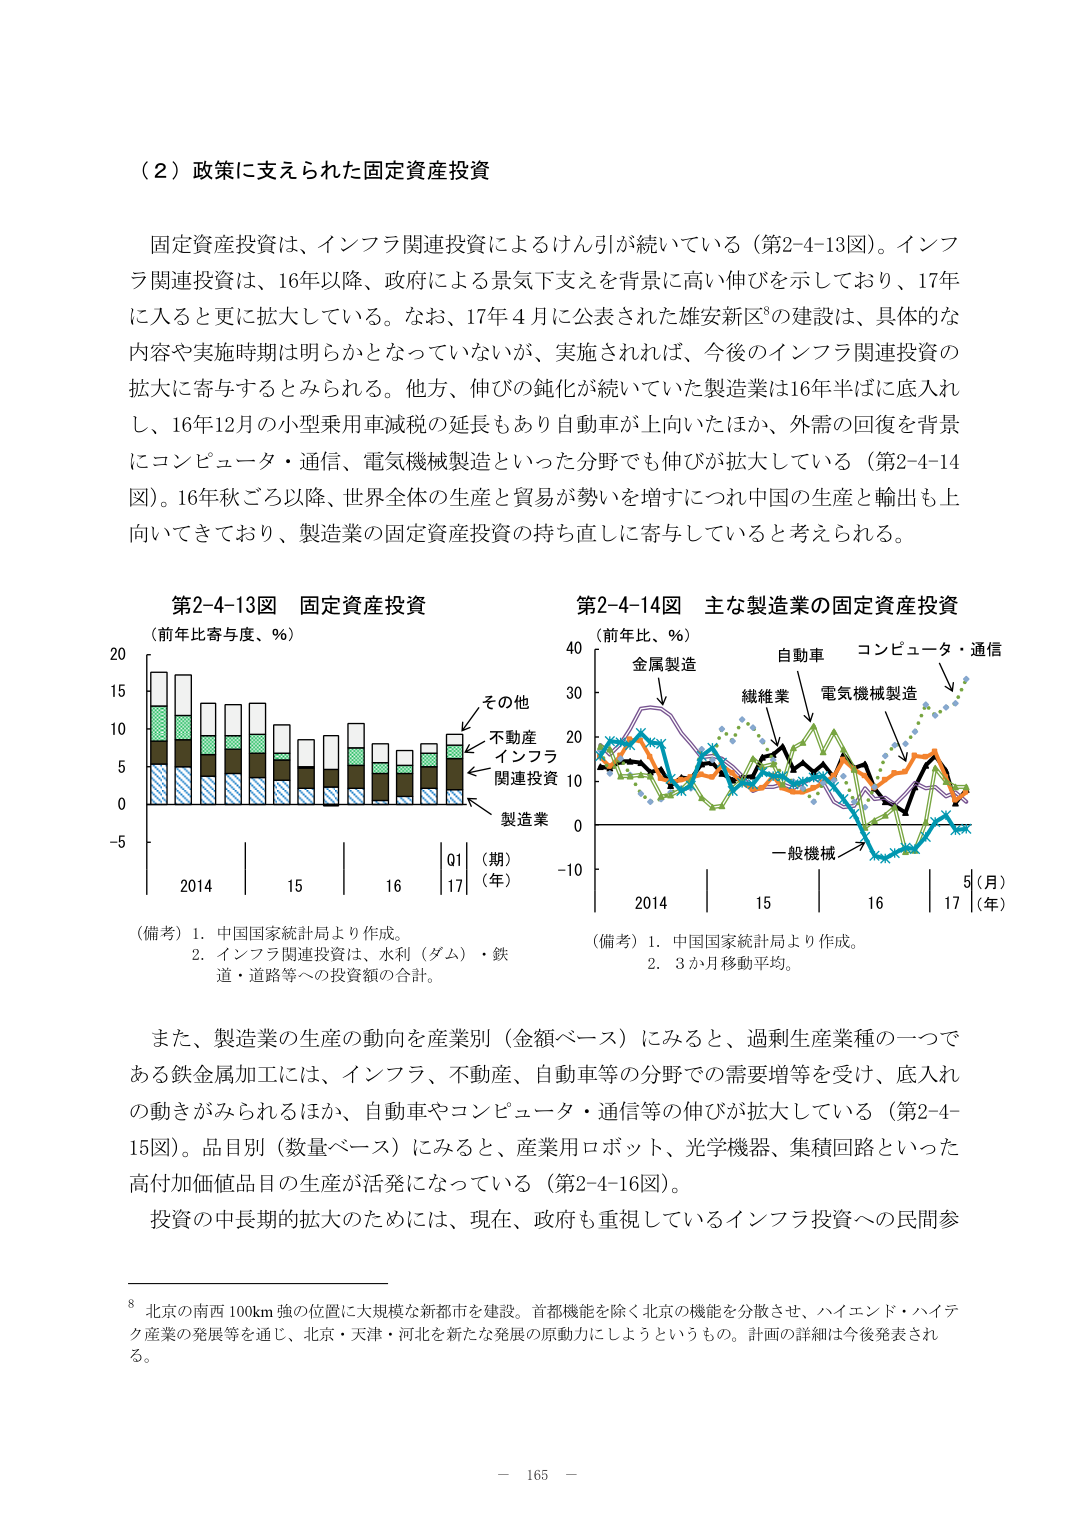
（２）政策に支えられた固定資産投資

固定資産投資は、インフラ関連投資によるけん引が続いている（第2-4-13図）。インフラ関連投資は、16年以降、政府による景気下支えを背景に高い伸びを示しており、17年に入ると更に拡大している。なお、17年４月に公表された雄安新区⁸の建設は、具体的な内容や実施時期は明らかとなっていないが、実施されれば、今後のインフラ関連投資の拡大に寄与するとみられる。他方、伸びの鈍化が続いていた製造業は16年半ばに底入れし、16年12月の小型乗用車減税の延長もあり自動車が上向いたほか、外需の回復を背景にコンピュータ・通信、電気機械製造といった分野でも伸びが拡大している（第2-4-14図）。16年秋ごろ以降、世界全体の生産と貿易が勢いを増すにつれ中国の生産と輸出も上向いてきており、製造業の固定資産投資の持ち直しに寄与していると考えられる。

第2-4-13図 固定資産投資
（前年比寄与度、％）
20
15
10
5
0
-5
2014　　15　　16　　Q1（期）
　　　　　　　　　　17（年）
（備考）1．中国国家統計局より作成。
　　　2．インフラ関連投資は、水利（ダム）・鉄道・道路等への投資額の合計。

第2-4-14図 主な製造業の固定資産投資
（前年比、％）
40
30
20
10
0
-10
2014　　15　　16　　17（年）
　　　　　　　　　　6（月）
金属製造　　自動車　　コンピュータ・通信
　　　　　　　　繊維業　　電気機械製造
　　　　　　　　　　　　　　一般機械
（備考）1．中国国家統計局より作成。
　　　2．3か月移動平均。

また、製造業の生産の動向を産業別（金額ベース）にみると、過剰生産業種の一つである鉄金属加工には、インフラ、不動産、自動車等の分野での需要増等を受け、底入れの動きがみられるほか、自動車やコンピュータ・通信等の伸びが拡大している（第2-4-15図）。品目別（数量ベース）にみると、産業用ロボット、光学機器、集積回路といった高付加価値品目の生産が活発になっている（第2-4-16図）。
投資の中長期的拡大のためには、現在、政府も重視しているインフラ投資への民間参

⁸ 北京の南西100km強の位置に大規模な新都市を建設。首都機能を除く北京の機能を分散させ、ハイエンド・ハイテク産業の発展等を通じ、北京・天津・河北を新たな発展の原動力にしようというもの。計画の詳細は今後発表される。

－ 165 －